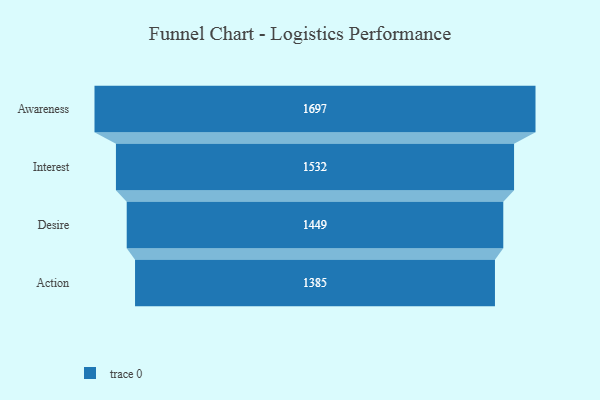
{"axis": {"x": "Stage", "y": "Value"}, "legend": [""], "data": [{"x": "Awareness", "y": 1697.0, "type": ""}, {"x": "Interest", "y": 1532.0, "type": ""}, {"x": "Desire", "y": 1449.0, "type": ""}, {"x": "Action", "y": 1385.0, "type": ""}]}